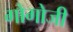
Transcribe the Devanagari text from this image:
गोगोजी